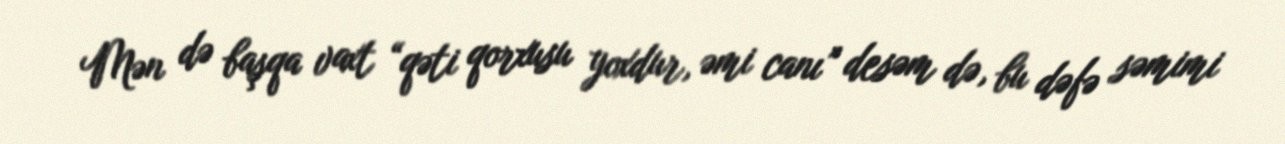
Mən də başqa vaxt “qəti qorxusu yoxdur, əmi canı” desəm də, bu dəfə səmimi